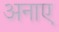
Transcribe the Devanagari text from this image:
अनाए